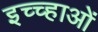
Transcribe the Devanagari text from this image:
इच्च्हाओं